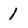
Character: 1